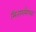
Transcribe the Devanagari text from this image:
सितारामैय्या